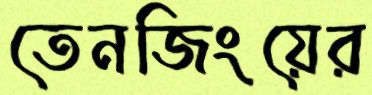
তেনজিংয়ের